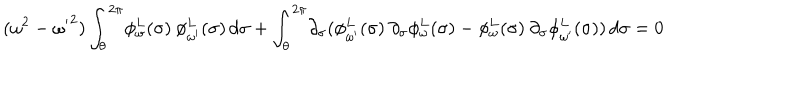
( \omega ^ { 2 } - { \omega ^ { \prime } } ^ { 2 } ) \int _ { \theta } ^ { 2 \pi } \! \phi _ { \omega } ^ { L } ( \sigma ) \: \phi _ { \omega ^ { \prime } } ^ { L } ( \sigma ) \, d \sigma + \int _ { \theta } ^ { 2 \pi } \! \partial _ { \sigma } ( \phi _ { \omega ^ { \prime } } ^ { L } ( \sigma ) \: \partial _ { \sigma } \phi _ { \omega } ^ { L } ( \sigma ) - \phi _ { \omega } ^ { L } ( \sigma ) \: \partial _ { \sigma } \phi _ { \omega ^ { \prime } } ^ { L } ( \sigma ) ) \, d \sigma = 0